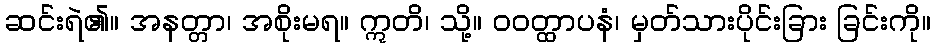
ဆင်းရဲ၏။ အနတ္တာ၊ အစိုးမရ။ ဣတိ၊ သို့။ ဝဝတ္ထာပနံ၊ မှတ်သားပိုင်းခြား ခြင်းကို။